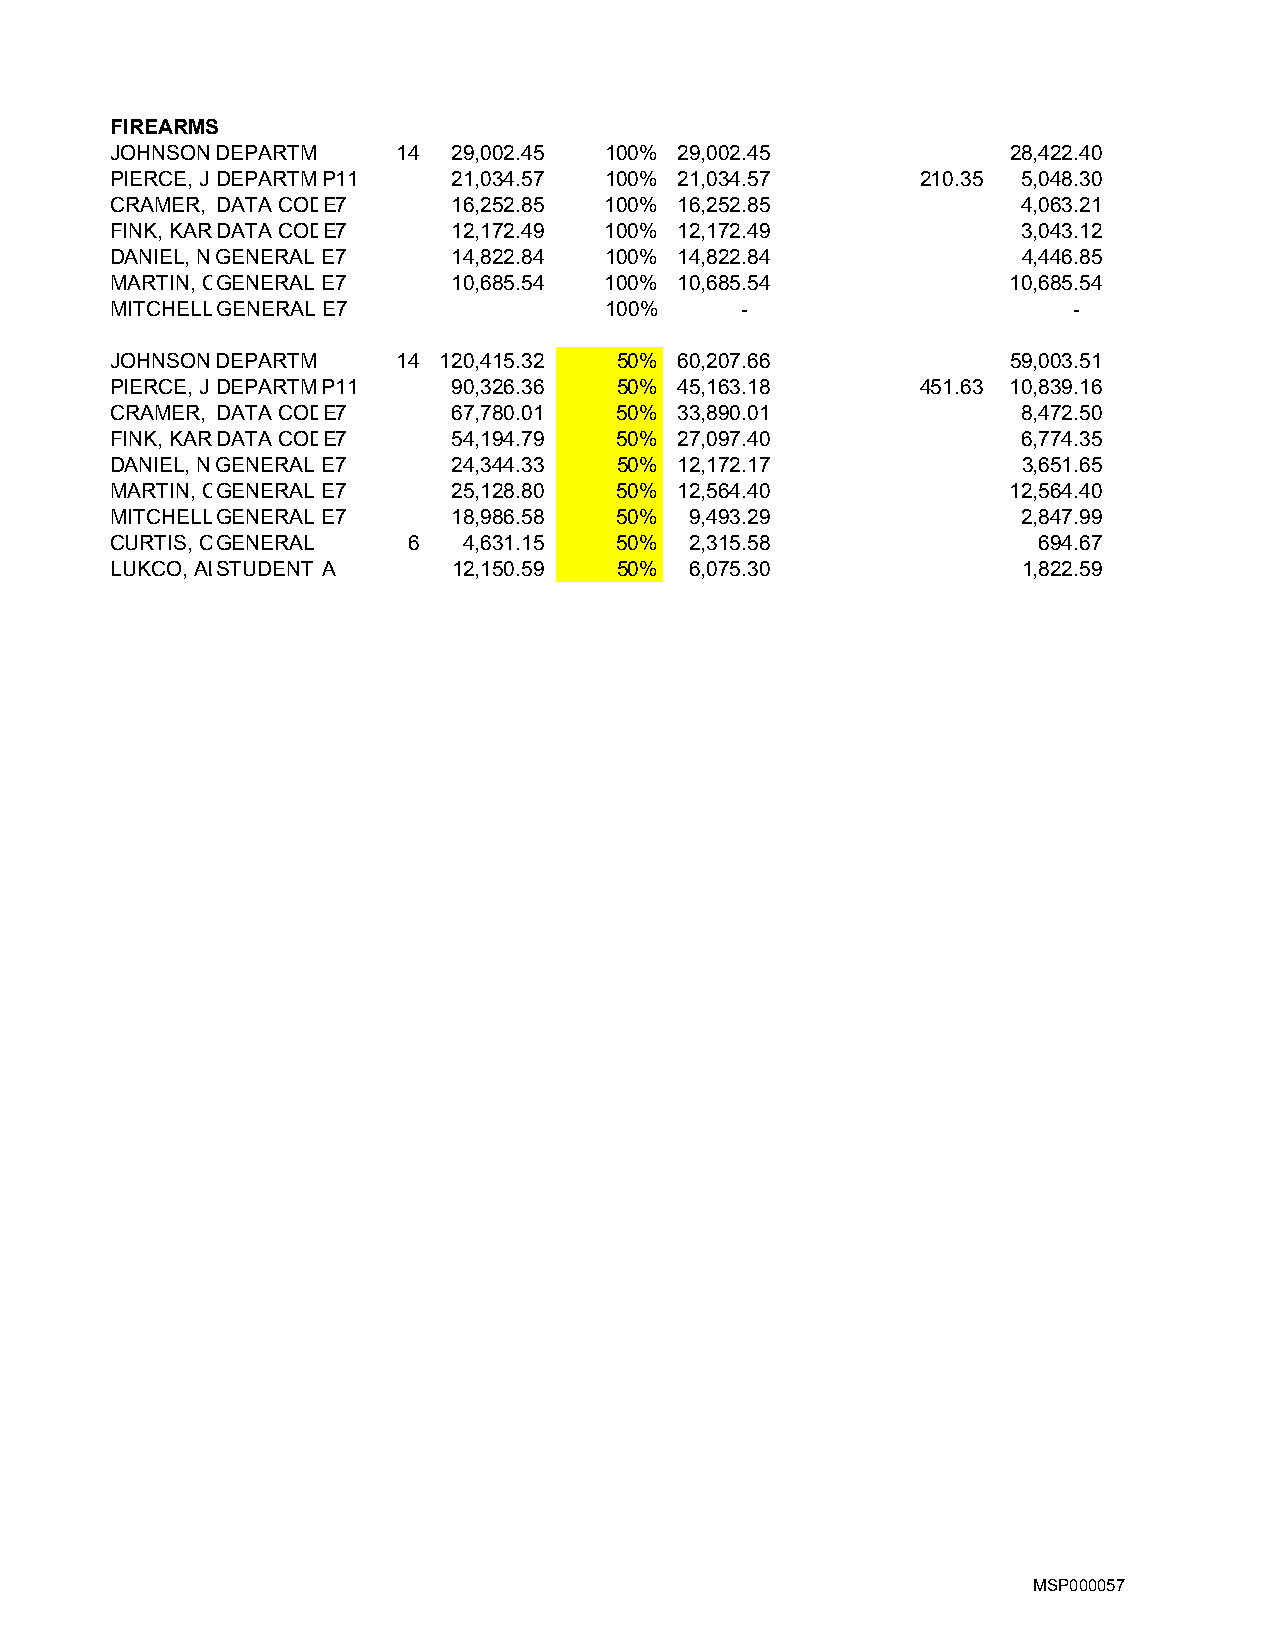
FIREARMS
 JOHNSONDEPARTM     14  29,002.45 100% 29,002.45             28,422.40
 PIERCE, J DEPARTMP11   21,034.57 100% 21,034.57       210.35 5,048.30
 CRAMER, DATA CODE7     16,252.85 100% 16,252.85              4,063.21
 FINK, KARDATA CODE7    12,172.49 100% 12,172.49              3,043.12
 DANIEL, NGENERAL E7    14,822.84 100% 14,822.84              4,446.85
 MARTIN, CGENERAL E7    10,685.54 100% 10,685.54             10,685.54
 MITCHELLGENERAL E7               100%     -                     -
 JOHNSONDEPARTM     14 120,415.32  50% 60,207.66             59,003.51
 PIERCE, J DEPARTMP11   90,326.36  50% 45,163.18       451.63 10,839.16
 CRAMER, DATA CODE7     67,780.01  50% 33,890.01              8,472.50
 FINK, KARDATA CODE7    54,194.79  50% 27,097.40              6,774.35
 DANIEL, NGENERAL E7    24,344.33  50% 12,172.17              3,651.65
 MARTIN, CGENERAL E7    25,128.80  50% 12,564.40             12,564.40
 MITCHELLGENERAL E7     18,986.58  50%  9,493.29              2,847.99
 CURTIS, CGENERAL    6   4,631.15  50%  2,315.58               694.67
 LUKCO, ALSTUDENT A     12,150.59  50%  6,075.30              1,822.59
 MSP000057